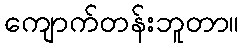
ကျောက်တန်းဘူတာ။